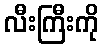
လီးကြီးကို